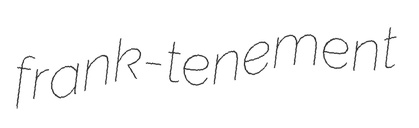
frank-tenement